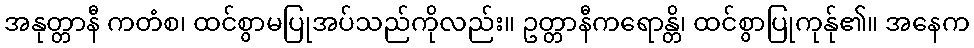
အနုတ္တာနီ ကတံစ၊ ထင်စွာမပြုအပ်သည်ကိုလည်း။ ဥတ္တာနီကရောန္တိ၊ ထင်စွာပြုကုန်ု၏။ အနေက